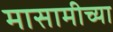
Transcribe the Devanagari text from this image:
मासामीच्या